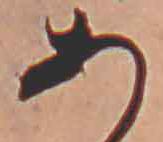
あ